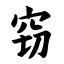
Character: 窃